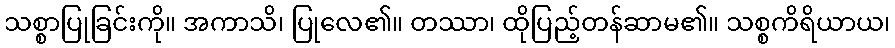
သစ္စာပြုခြင်းကို။ အကာသိ၊ ပြုလေ၏။ တဿာ၊ ထိုပြည့်တန်ဆာမ၏။ သစ္စကိရိယာယ၊